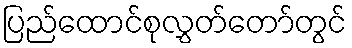
ပြည်ထောင်စုလွှတ်တော်တွင်